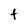
Character: t